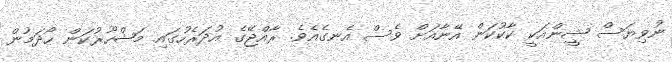
ނުވިޔަސް ޝީންއަކީ ކާކުކަން އޭނާއަށް ވެސް އެނގެއެވެ. ރާއްޖޭގެ އުދަރެހުގައި މަޝްހޫރުކަން ހޯދަމުން